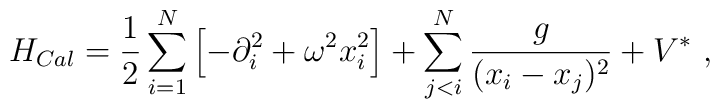
H_{Cal} ={1 \over 2} \sum_{i=1}^N \left[ -\partial_i^2 + \omega^2 x_i^2 \right] + \sum_{j < i}^N \frac g {(x_i-x_j)^2} + V^*\ ,